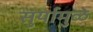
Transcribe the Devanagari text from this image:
सुर्यामुळे